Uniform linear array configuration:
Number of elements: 4
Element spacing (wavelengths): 0.25
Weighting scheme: cosine
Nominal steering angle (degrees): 60
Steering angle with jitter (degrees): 58.228
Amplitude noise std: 0.05
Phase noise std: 0.05

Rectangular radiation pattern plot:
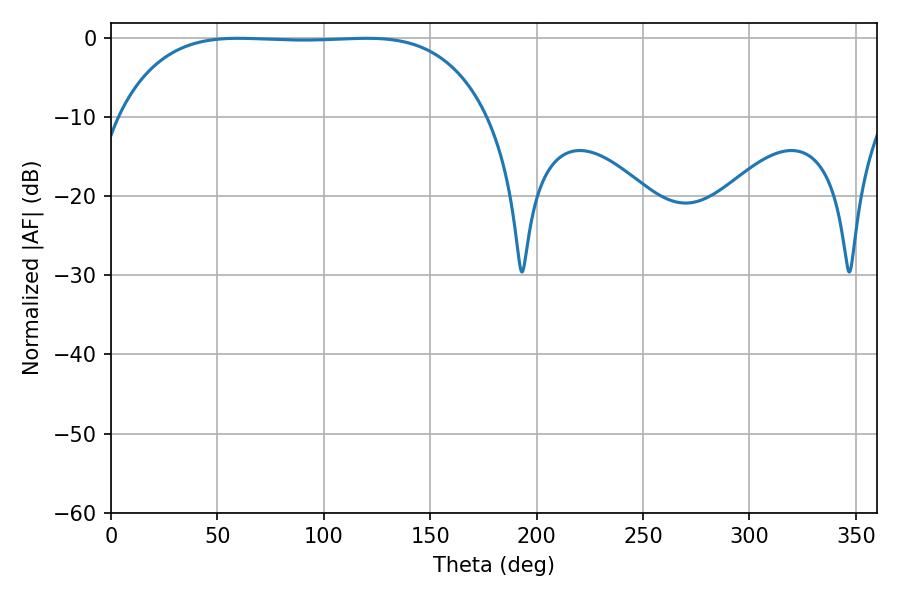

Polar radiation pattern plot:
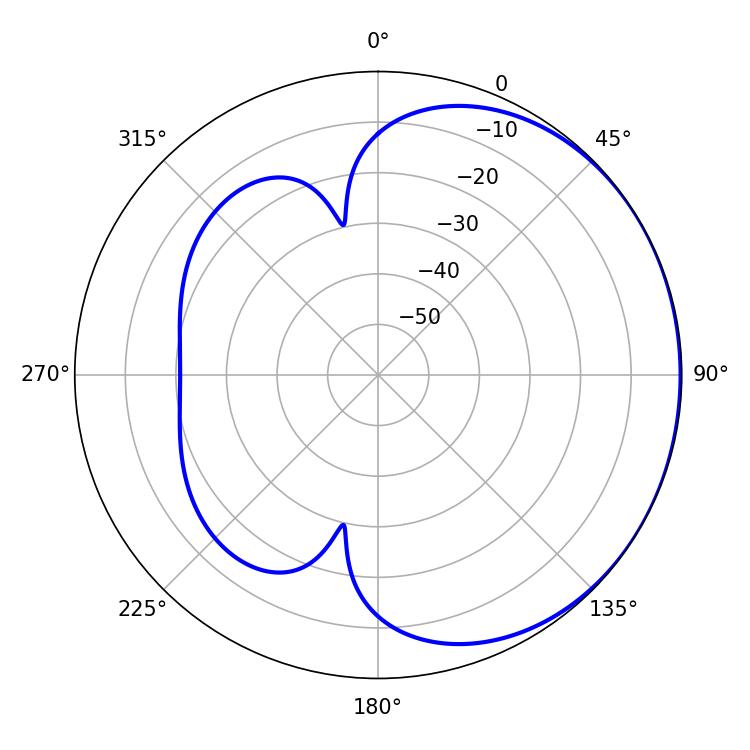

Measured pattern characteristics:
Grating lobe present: FALSE
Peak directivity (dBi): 0.6515
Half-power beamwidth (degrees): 135
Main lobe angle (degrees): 59.76